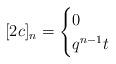
LaTeX: \begin{align*}[2c]_n = \begin{cases} 0 & \\ q^{n-1} t & \end{cases}\end{align*}